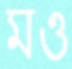
মও